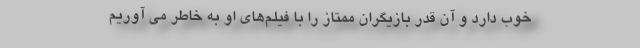
خوب دارد و آن قدر بازیگران ممتاز را با فیلم‌های او به خاطر می آوریم